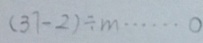
( 3 7 - 2 ) \div m \cdots 0